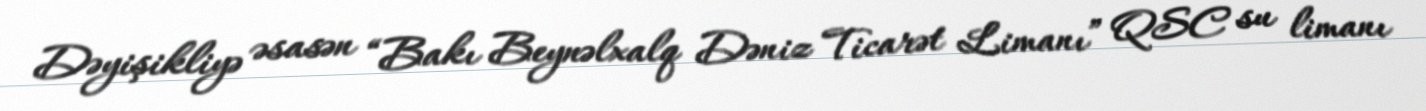
Dəyişikliyə əsasən “Bakı Beynəlxalq Dəniz Ticarət Limanı” QSC su limanı